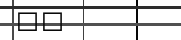
٢٨